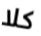
كلا